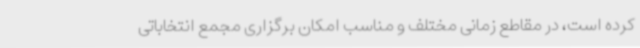
کرده است، در مقاطع زمانی مختلف و مناسب امکان برگزاری مجمع انتخاباتی